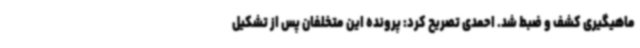
ماهیگیری کشف و ضبط شد. احمدی تصریح کرد: پرونده این متخلفان پس از تشکیل